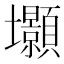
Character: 𭐐